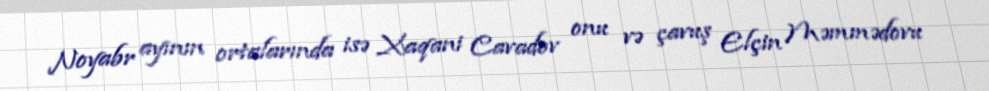
Noyabr ayının ortalarında isə Xaqani Cavadov onu və çavuş Elçin Məmmədovu